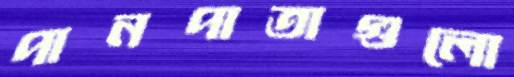
পানপাতাগুলো